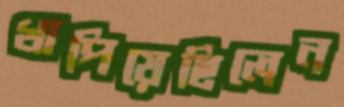
খাপিয়েছিলেন